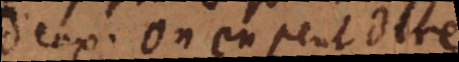
d’eux. On en peut dire